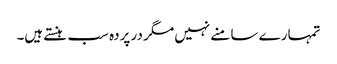
تمہارے سا منے نہیں مگر در پردہ سب ہنستے ہیں۔